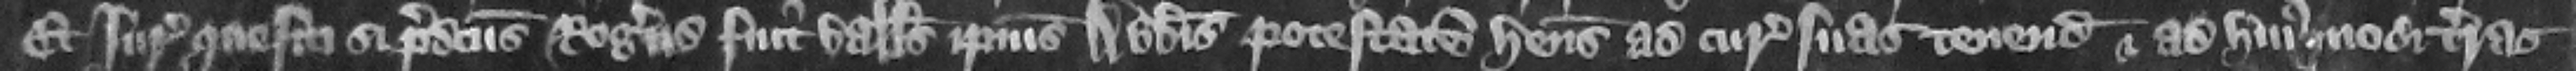
Et iuratores quesiti si predictus Rogerus fuit balliuus ipsius abbatis potestatem habens ad curias suas tenendas et ad huiusmodi terras